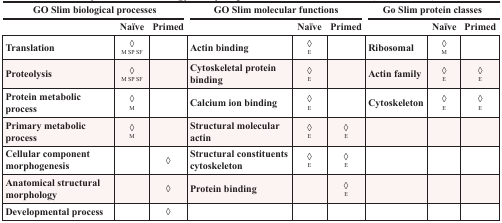
<table><thead><tr><td colspan="3"><b>GO Slim biological processes</b></td><td colspan="3"><b>GO Slim molecular functions</b></td><td colspan="3"><b>Go Slim protein classes</b></td></tr><tr><td></td><td><b>Naïve</b></td><td><b>Primed</b></td><td></td><td><b>Naïve</b></td><td><b>Primed</b></td><td></td><td><b>Naïve</b></td><td><b>Primed</b></td></tr></thead><tbody><tr><td><b>Translation</b></td><td>◊M SP SF</td><td></td><td><b>Actin binding</b></td><td>◊E</td><td></td><td><b>Ribosomal</b></td><td>◊M</td><td></td></tr><tr><td><b>Proteolysis</b></td><td>◊M SP SF</td><td></td><td><b>Cytoskeletal protein binding</b></td><td>◊E</td><td></td><td><b>Actin family</b></td><td>◊E</td><td>◊E</td></tr><tr><td><b>Protein metabolic process</b></td><td>◊M</td><td></td><td><b>Calcium ion binding</b></td><td>◊E</td><td></td><td><b>Cytoskeleton</b></td><td>◊E</td><td>◊E</td></tr><tr><td><b>Primary metabolic process</b></td><td>◊M</td><td></td><td><b>Structural molecular actin</b></td><td>◊E</td><td>◊E</td><td></td><td></td><td></td></tr><tr><td><b>Cellular component morphogenesis</b></td><td></td><td>◊</td><td><b>Structural constituents cytoskeleton</b></td><td>◊E</td><td>◊E</td><td></td><td></td><td></td></tr><tr><td><b>Anatomical structural morphology</b></td><td></td><td>◊</td><td><b>Protein binding</b></td><td></td><td>◊E</td><td></td><td></td><td></td></tr><tr><td><b>Developmental process</b></td><td></td><td>◊</td><td></td><td></td><td></td><td></td><td></td><td></td></tr></tbody></table>